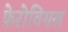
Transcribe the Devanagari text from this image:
फ़ेरोवियल